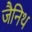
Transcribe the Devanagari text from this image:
जैनिथ